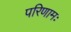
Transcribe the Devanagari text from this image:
परिणामः